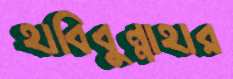
হাবিবুন্নাহার